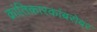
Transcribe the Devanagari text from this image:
क्रांतिकारकांबरोबर